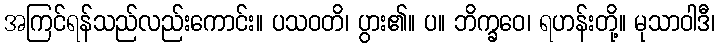
အကြင်ရန်သည်လည်းကောင်း။ ပသဝတိ၊ ပွား၏။ ပ။ ဘိက္ခဝေ၊ ရဟန်းတို့။ မုသာဝါဒီ၊